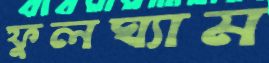
ফুলঘ্যাম